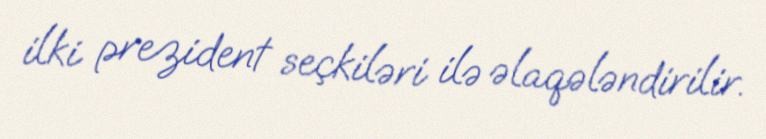
ilki prezident seçkiləri ilə əlaqələndirilir.